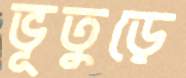
ভূতুড়ে